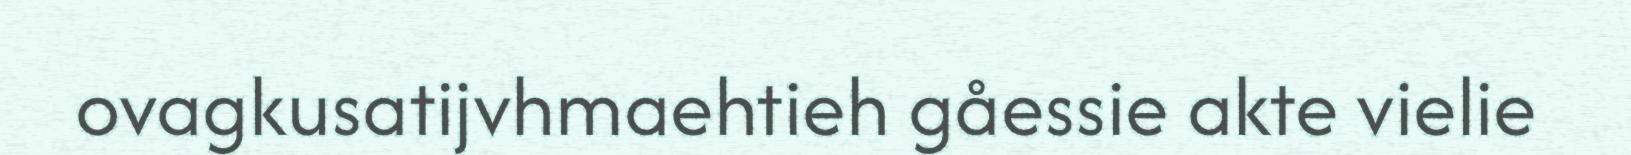
ovagkusatijvhmaehtieh gåessie akte vielie